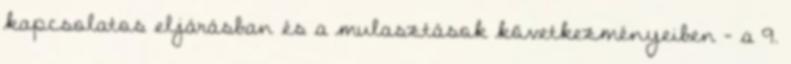
kapcsolatos eljárásban és a mulasztások következményeiben - a 9.